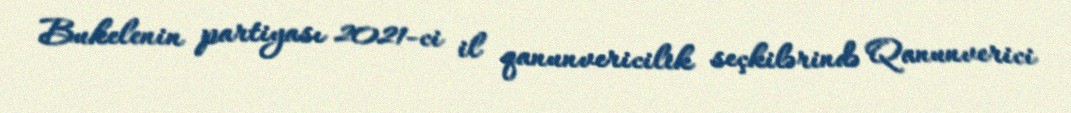
Bukelenin partiyası 2021-ci il qanunvericilik seçkilərində Qanunverici